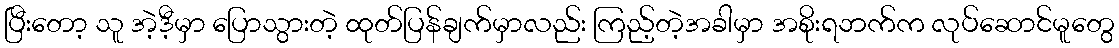
ပြီးတော့ သူ အဲ့ဒီ့မှာ ပြောသွားတဲ့ ထုတ်ပြန်ချက်မှာလည်း ကြည့်တဲ့အခါမှာ အစိုးရဘက်က လုပ်ဆောင်မူတွေ